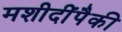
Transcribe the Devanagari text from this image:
मशीदींपैकी